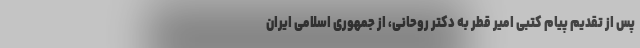
پس از تقدیم پیام کتبی امیر قطر به دکتر روحانی، از جمهوری اسلامی ایران